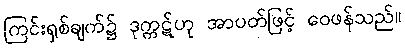
ကြင်းရှစ်ချက်၌ ဒုက္ကဋ်ဟု အာပတ်ဖြင့် ဝေဖန်သည်။